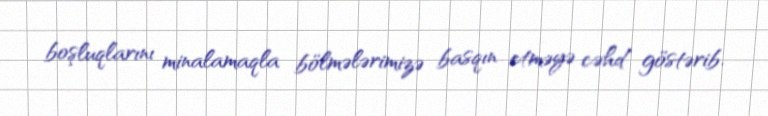
boşluqlarını minalamaqla bölmələrimizə basqın etməyə cəhd göstərib.